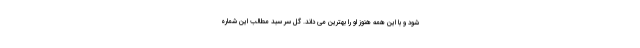
شود و با این همه هنوز او را بهترین می داند. گل سر سبد مطالب این شماره